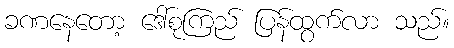
ခဏနေတော့ ဒေါ်စုကြည် ပြန်ထွက်လာ သည်။